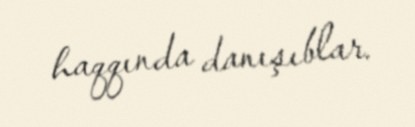
haqqında danışıblar.